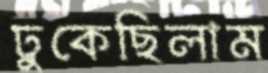
ঢুকেছিলাম